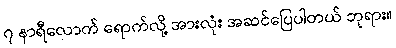
၇ နာရီလောက် ရောက်လို့ အားလုံး အဆင်ပြေပါတယ် ဘုရား။